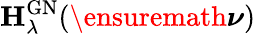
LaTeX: \mathbf H_{\lambda}^{\mathrm{GN}}(\ensuremath{\boldsymbol\nu})